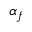
\alpha _ { f }